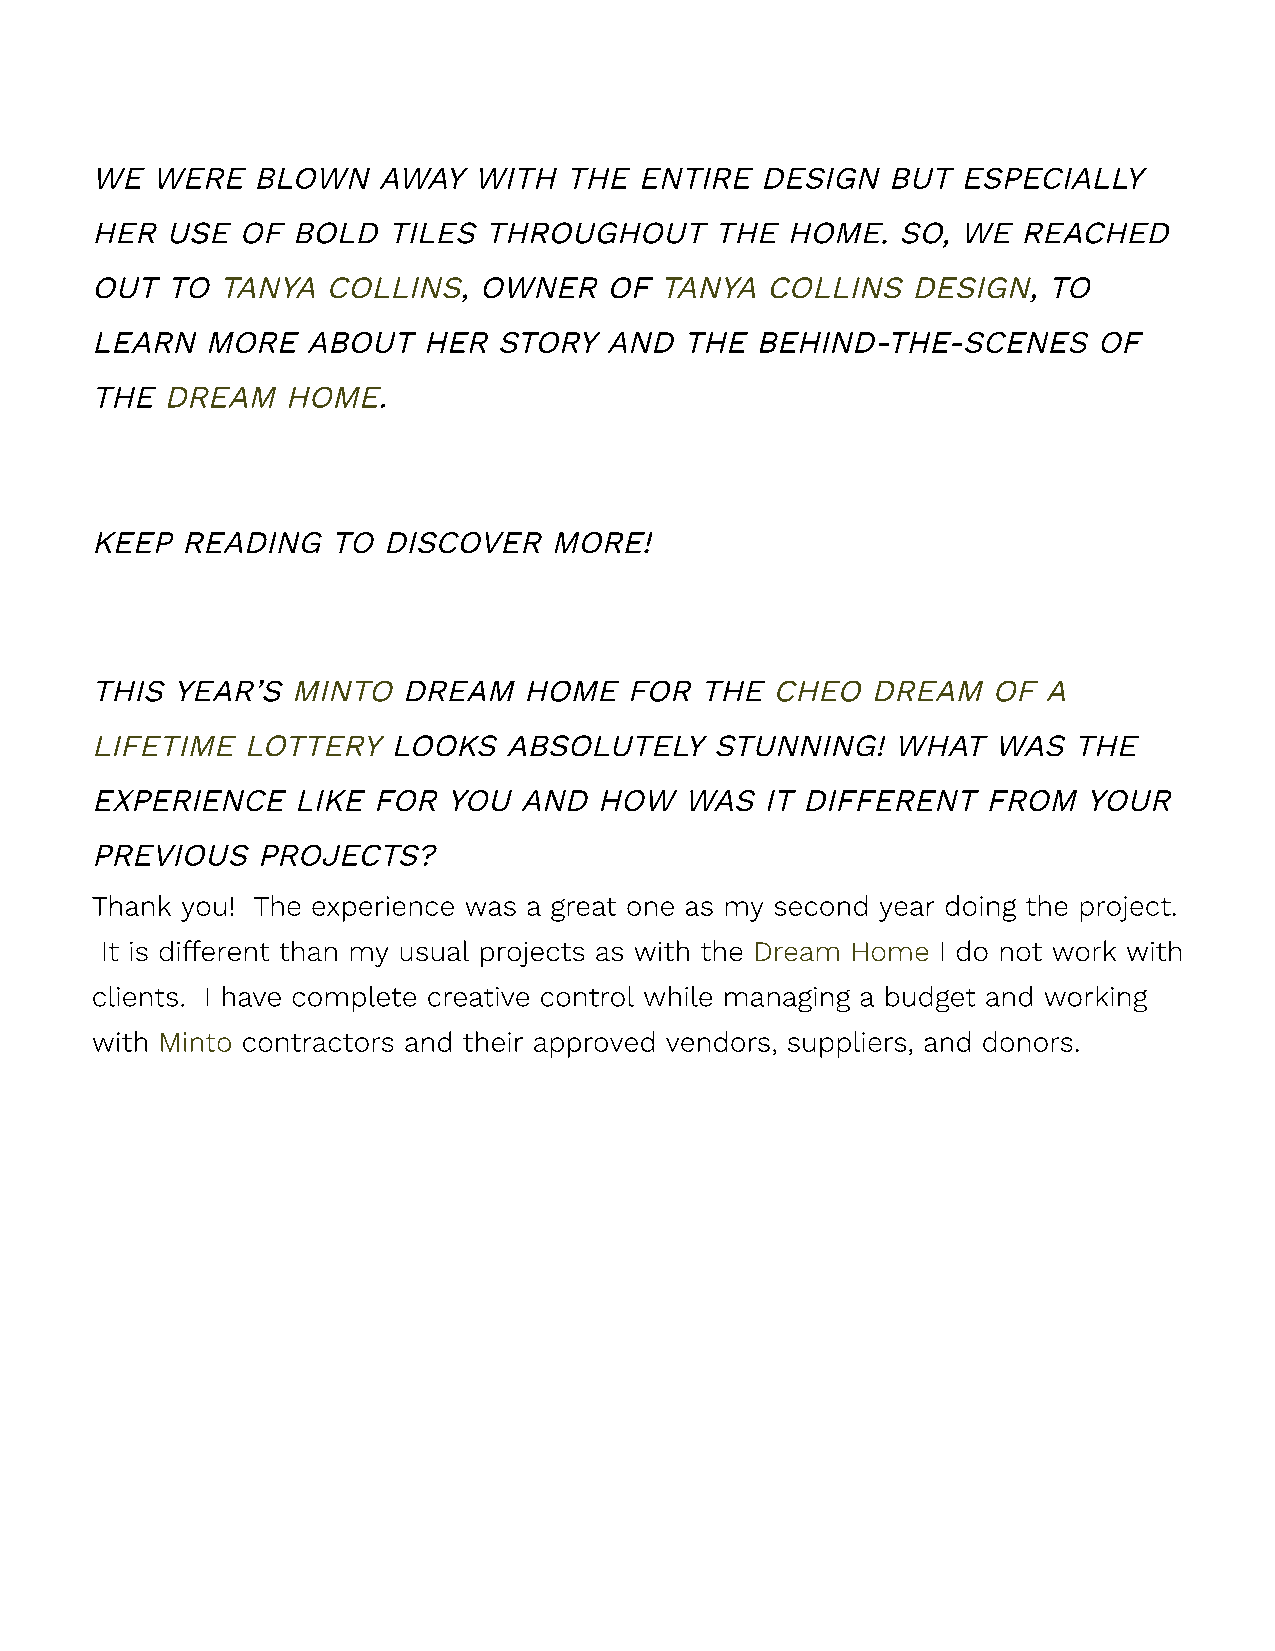
WE  WERE   BLOWN   AWAY  WITH  THE  ENTIRE  DESIGN   BUT  ESPECIALLY
 HER  USE  OF BOLD   TILES THROUGHOUT     THE  HOME.   SO, WE  REACHED
 OUT  TO  TANYA  COLLINS,  OWNER   OF  TANYA  COLLINS  DESIGN,  TO
 LEARN   MORE  ABOUT   HER  STORY  AND  THE  BEHIND-THE-SCENES      OF
 THE  DREAM   HOME.
 KEEP  READING   TO DISCOVER   MORE!
 THIS YEAR’S  MINTO   DREAM   HOME   FOR THE  CHEO   DREAM   OF A
 LIFETIME  LOTTERY   LOOKS   ABSOLUTELY   STUNNING!   WHAT   WAS  THE
 EXPERIENCE   LIKE  FOR  YOU AND   HOW  WAS   IT DIFFERENT  FROM   YOUR
 PREVIOUS   PROJECTS?
 Thank you! The experience was a great one as my second year doing the project.
 It is different than my usual projects as with the Dream Home I do not work with
 clients. I have complete creative control while managing a budget and working
 with Minto contractors and their approved vendors, suppliers, and donors.